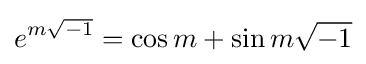
e^{m{\sqrt {-1}}}=\cos m+\sin m{\sqrt {-1}}